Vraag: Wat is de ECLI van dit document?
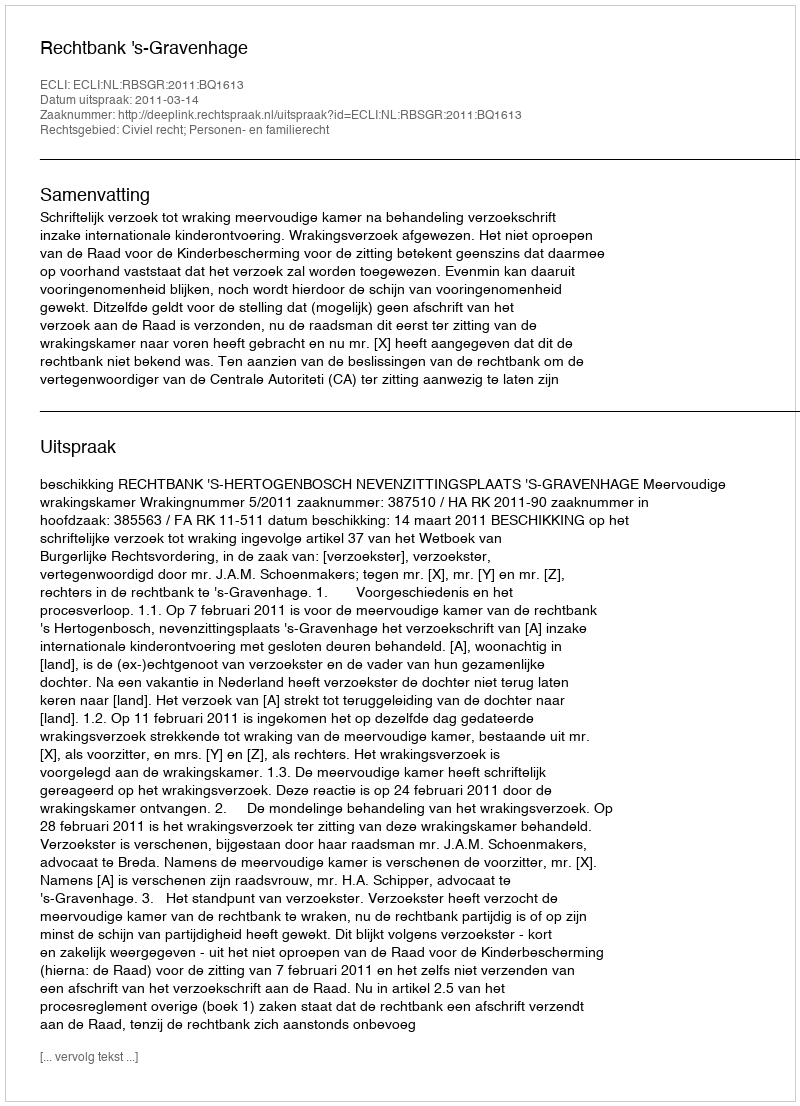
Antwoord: ECLI:NL:RBSGR:2011:BQ1613